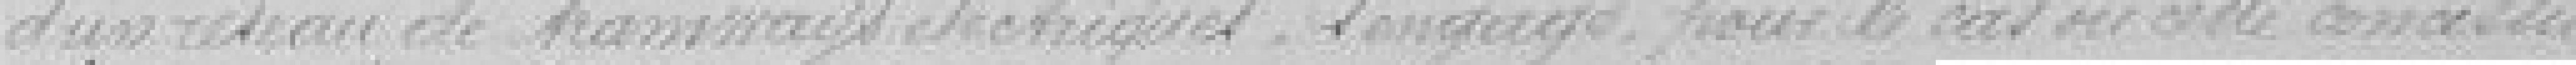
d'un réseau de tramways électriques, s'engage pour le cas où cette concession